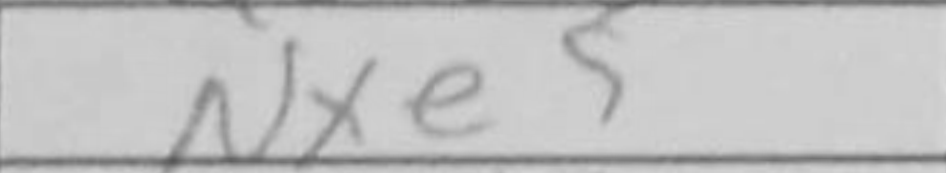
Transcription: Nxe5